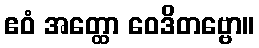
ဧဝံ အတ္ထော ဝေဒိတဗ္ဗော။